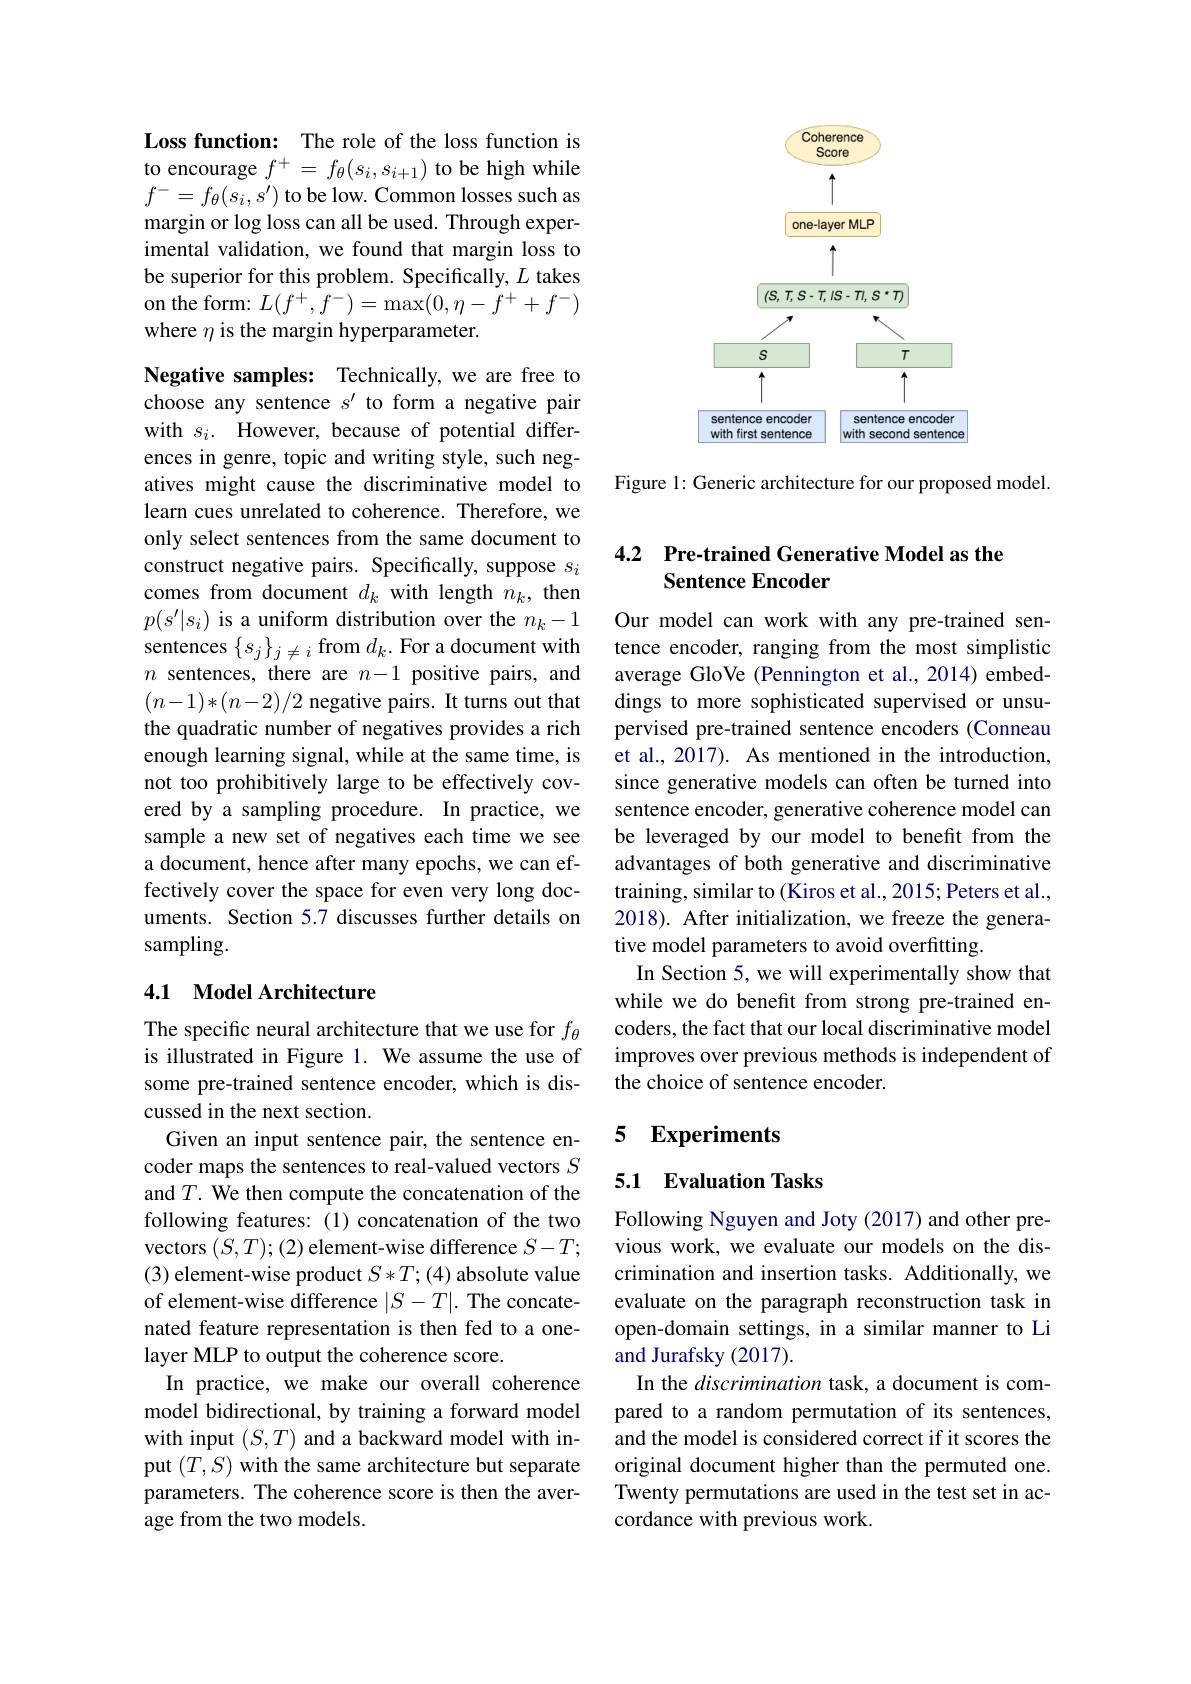
Loss function: The role of the loss function is to encourage $f^+=f_\theta(s_i,s_{i+1})$ to be high while $f^-=f_\theta(s_i,s^{\prime})$ to be low. Common losses such as margin or log loss can all be used. Through experimental validation, we found that margin loss to be superior for this problem. Specifically, $L$ takes on the form: $L(f^+,f^-)=\max(0,\eta-f^++f^-)$ where $\eta$ is the margin hyperparameter.

Negative samples: Technically, we are free to choose any sentence $s^\prime$ to form a negative pair with $s_i.$ However, because of potential differences in genre, topic and writing style, such negatives might cause the discriminative model to learn cues unrelated to coherence. Therefore, we only select sentences from the same document to construct negative pairs. Specifically, suppose $s_i$ comes from document $d_k$ with length $n_k$, then $p(s^{\prime}|s_{i})$ is a uniform distribution over the $n_k-1$ sentences $\{s_j\}_j\neq i$ from $d_k.$ For a document with $n$ sentences, there are $n-1$ positive pairs, and $(n-1)*(n-2)/2$ negative pairs. It turns out that the quadratic number of negatives provides a rich enough learning signal, while at the same time, is not too prohibitively large to be effectively covered by a sampling procedure. In practice, we sample a new set of negatives each time we see a document, hence after many epochs, we can effectively cover the space for even very long documents. Section 5.7 discusses further details on sampling.

## 4.1 Model Architecture

The specific neural architecture that we use for $f_{\theta}$ is illustrated in Figure 1. We assume the use of some pre-trained sentence encoder, which is discussed in the next section.
Given an input sentence pair, the sentence encoder maps the sentences to real-valued vectors $S$ and $T.$ We then compute the concatenation of the following features:(1) concatenation of the two vectors $(S,T);(2)$ element-wise difference $S-T;$ (3) element-wise product $S*T;(4)$ absolute value of element-wise difference $|S-T|.$ The concatenated feature representation is then fed to a onelayer MLP to output the coherence score.
In practice, we make our overall coherence model bidirectional, by training a forward model with input $(S,T)$ and a backward model with input $(T,S)$ with the same architecture but separate parameters. The coherence score is then the average from the two models.

<FigureHere>

Figure 1: Generic architecture for our proposed model.

### 4.2 Pre-trained Generative Model as the Sentence Encoder

Our model can work with any pre-trained sentence encoder, ranging from the most simplistic average GloVe (Pennington et al.,2014) embeddings to more sophisticated supervised or unsupervised pre-trained sentence encoders (Conneau et al., 2017). As mentioned in the introduction, since generative models can often be turned into sentence encoder, generative coherence model can be leveraged by our model to benefit from the advantages of both generative and discriminative training, similar to (Kiros et al., 2015; Peters et al., 2018). After initialization, we freeze the generative model parameters to avoid overfitting
In Section 5, we will experimentally show that while we do benefit from strong pre-trained encoders, the fact that our local discriminative model improves over previous methods is independent of the choice of sentence encoder.

### 5 Experiments

## 5.1 Evaluation Tasks

Following Nguyen and Joty (2017) and other previous work, we evaluate our models on the discrimination and insertion tasks. Additionally, we evaluate on the paragraph reconstruction task in open-domain settings, in a similar manner to Li and Jurafsky (2017).
In the discrimination task, a document is compared to a random permutation of its sentences, and the model is considered correct if it scores the original document higher than the permuted one. Twenty permutations are used in the test set in accordance with previous work.